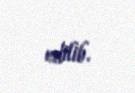
edilib.